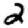
Digit: 2